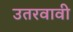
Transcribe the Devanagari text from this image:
उतरवावी